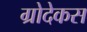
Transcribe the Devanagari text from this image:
ग्रोदेकस